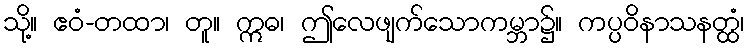
သို့။ ဧဝံ-တထာ၊ တူ။ ဣဓ၊ ဤလေဖျက်သောကမ္ဘာ၌။ ကပ္ပဝိနာသနတ္ထံ၊